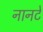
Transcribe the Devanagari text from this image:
नानटे